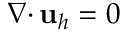
{ { \nabla \cdot } \, } { \mathbf u } _ { h } = 0